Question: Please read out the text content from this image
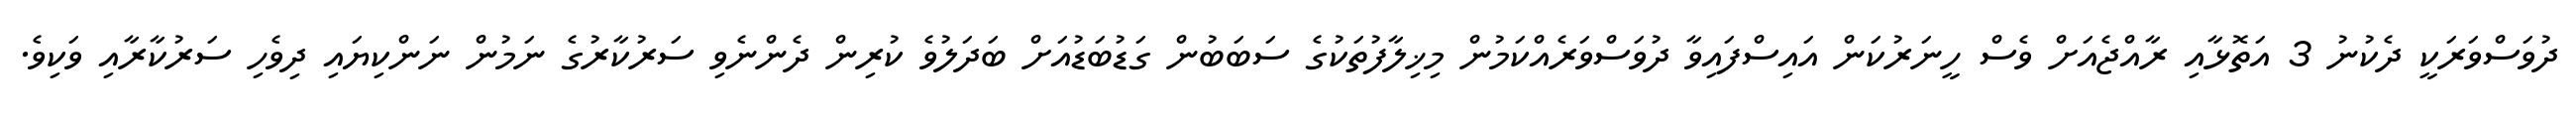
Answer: ދުވަސްވަރަކީ ދެކުނު 3 އަތޮޅާއި ރާއްޖެއަށް ވެސް ހީނަރުކަން އައިސްފައިވާ ދުވަސްވަރެއްކަމުން މިޚިލާފުތަކުގެ ސަބަބުން ގަޑުބަޑުއަށް ބަދަލުވެ ކުރިން ދެންނެވި ސަރުކާރުގެ ނަމުން ނަންކިޔައި ދިވެހި ސަރުކާރާއި ވަކިވެ.